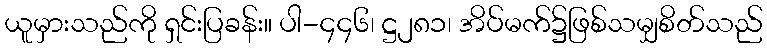
ယူမှားသည်ကို ရှင်းပြခန်း။ ပါ-၄၄၆၊ ဋ္ဌ၂၈၁၊ အိပ်မက်၌ဖြစ်သမျှစိတ်သည်